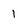
Character: 1